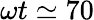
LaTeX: \omega t\simeq 70